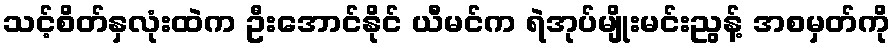
သင့်စိတ်နှလုံးထဲက ဦးအောင်နိုင် ယီမင်က ရဲအုပ်မျိုးမင်းညွန့် အစမှတ်ကို